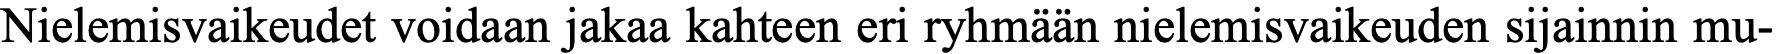
Nielemisvaikeudet voidaan jakaa kahteen eri ryhmään nielemisvaikeuden sijainnin mu-